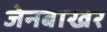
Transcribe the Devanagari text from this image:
जेनबाखर